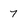
Character: 7